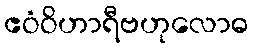
ဧဝံဝိဟာရီဗဟုလောဓ